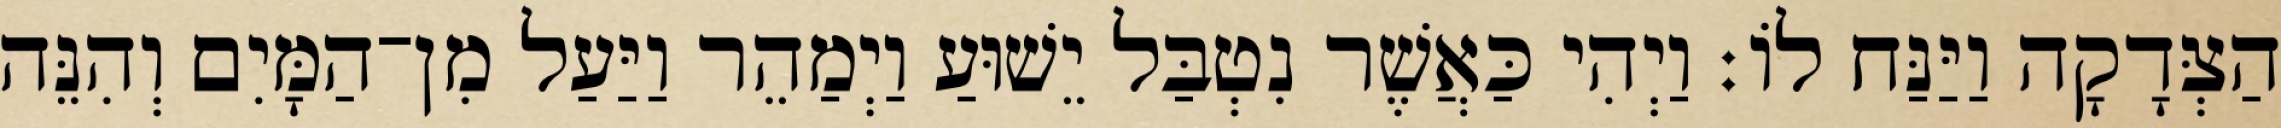
הַצְּדָקָה וַיַּנַּח לוֹ׃ וַיְהִי כַּאֲשֶׁר נִטְבַּל יֵשׁוּעַ וַיְמַהֵר וַיַּעַל מִן־הַמָּיִם וְהִנֵּה